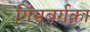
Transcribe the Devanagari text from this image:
गिंसबर्गका